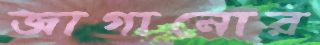
জাগানোর